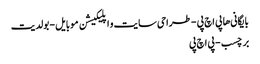
بایگانی‌ها پی اچ پی - طراحی سایت و اپلیکیشن موبایل - بولدیت
برچسب - پی اچ پی